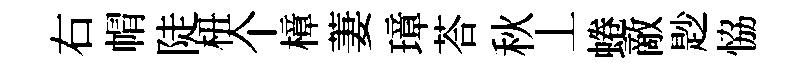
右㡌陡杻个樟萋璋荅秋丄蜷敵尟恊